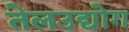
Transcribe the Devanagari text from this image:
तेलउद्योग